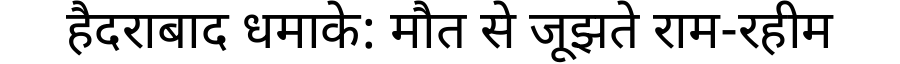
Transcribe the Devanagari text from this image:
हैदराबाद धमाके: मौत से जूझते राम-रहीम